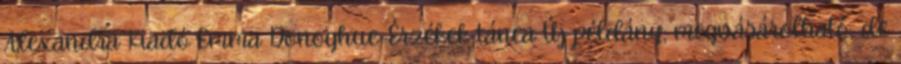
Alexandra Kiadó Emma Donoghue-Érzékek tánca Új példány, megvásárolható, de